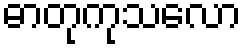
ဓာတုကုသလော